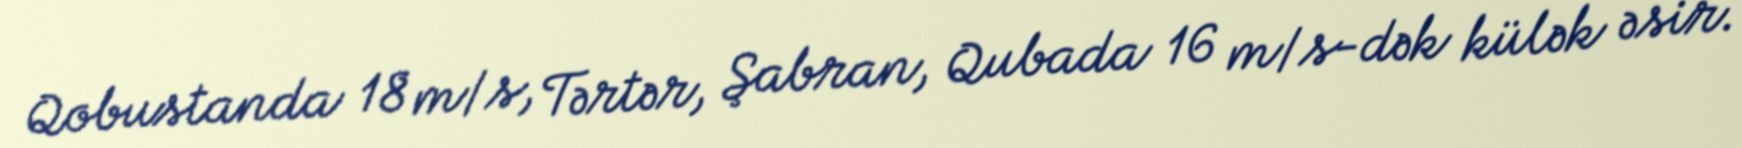
Qobustanda 18 m/s, Tərtər, Şabran, Qubada 16 m/s-dək külək əsir.